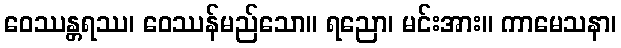
ဝေဿန္တရဿ၊ ဝေဿန်မည်သော။ ရညော၊ မင်းအား။ ကာမေသနာ၊